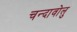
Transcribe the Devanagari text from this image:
चन्दावोलु